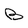
Character: B